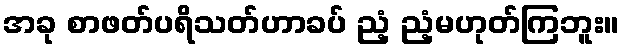
အခု စာဖတ်ပရိသတ်ဟာခပ် ညံ့ ညံ့မဟုတ်ကြဘူး။